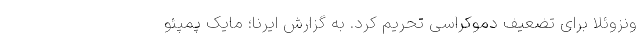
ونزوئلا برای تضعیف دموکراسی تحریم کرد. به گزارش ایرنا؛ مایک پمپئو